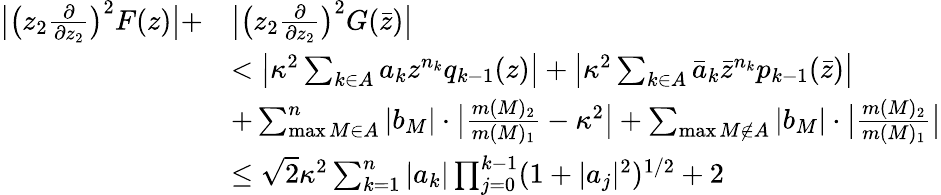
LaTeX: \begin{array}{rl}{\big|\big(z_{2}\frac{\partial}{\partial z_{2}}\big)^{2}F(z)\big|+}&{\big|\big(z_{2}\frac{\partial}{\partial z_{2}}\big)^{2}G(\bar{z})\big|}\\ &{<\big|\kappa^{2}\sum_{k\in A}a_{k}z^{n_{k}}{q_{k-1}(z)}\big|+\big|\kappa^{2}\sum_{k\in A}\bar{a}_{k}\bar{z}^{n_{k}}{p_{k-1}(\bar{z})}\big|}\\ &{+\sum_{\operatorname*{max}M\in A}^{n}|b_{M}|\cdot\big|\frac{m(M)_{2}}{m(M)_{1}}-\kappa^{2}\big|+\sum_{\operatorname*{max}M\notin A}|b_{M}|\cdot\big|\frac{m(M)_{2}}{m(M)_{1}}\big|}\\ &{\leq\sqrt{2}\kappa^{2}\sum_{k=1}^{n}|a_{k}|\prod_{j=0}^{k-1}(1+|a_{j}|^{2})^{1/2}+2}\end{array}